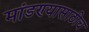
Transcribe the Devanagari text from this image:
मांडण्यासाठीच